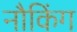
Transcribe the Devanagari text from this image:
नौकिंग